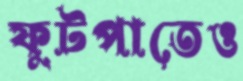
ফুটপাতেও